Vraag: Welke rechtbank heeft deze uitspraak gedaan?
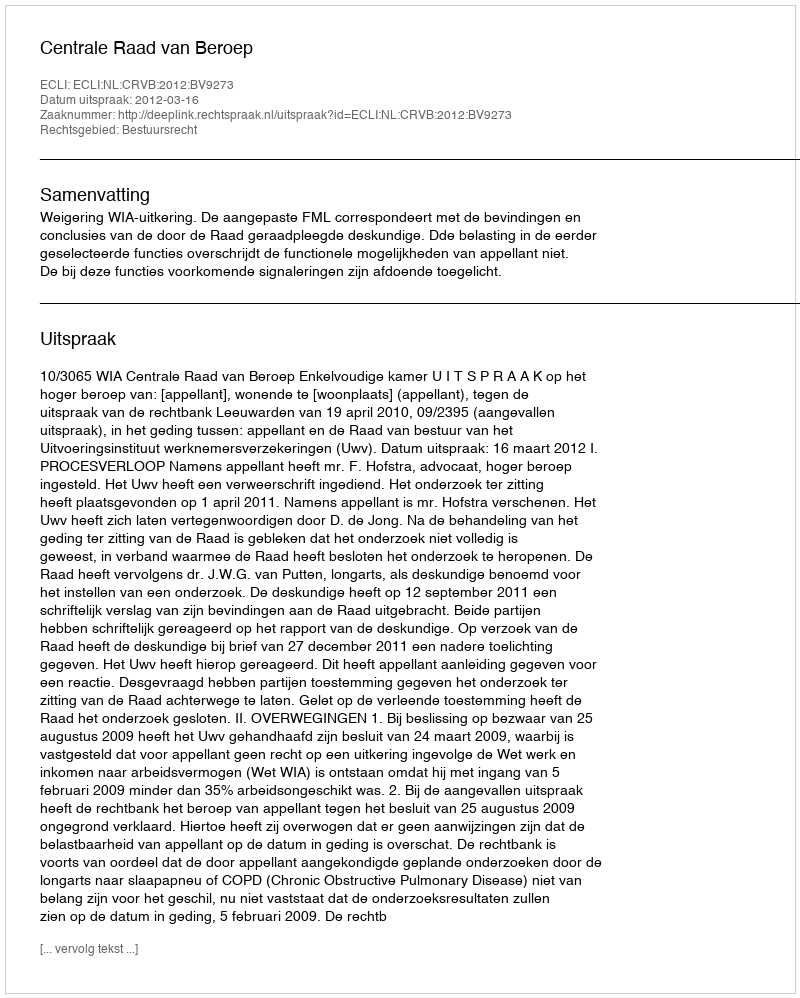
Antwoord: Centrale Raad van Beroep